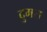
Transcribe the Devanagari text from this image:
दुमस